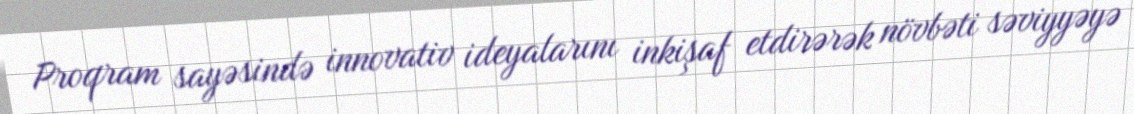
Proqram sayəsində innovativ ideyalarını inkişaf etdirərək növbəti səviyyəyə